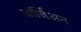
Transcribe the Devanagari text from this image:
जॉर्जिअन